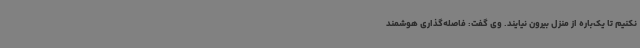
نکنیم تا یک‌باره از منزل بیرون نیایند. وی گفت: فاصله‌گذاری هوشمند